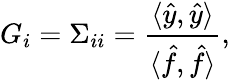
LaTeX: G_{i}=\Sigma_{ii}=\frac{\langle\hat{y},\hat{y}\rangle}{\langle\hat{f},\hat{f}\rangle},